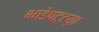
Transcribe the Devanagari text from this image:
भाडेपट्टय़ा